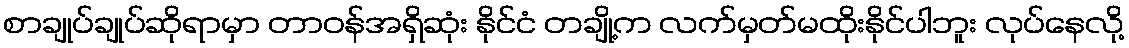
စာချုပ်ချုပ်ဆိုရာမှာ တာဝန်အရှိဆုံး နိုင်ငံ တချို့က လက်မှတ်မထိုးနိုင်ပါဘူး လုပ်နေလို့